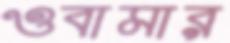
ওবামার